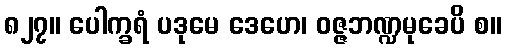
၈၂၇။ ပေါက္ခရံ ပဒုမေ ဒေဟေ၊ ဝဇ္ဇဘဏ္ဍမုခေပိ စ။